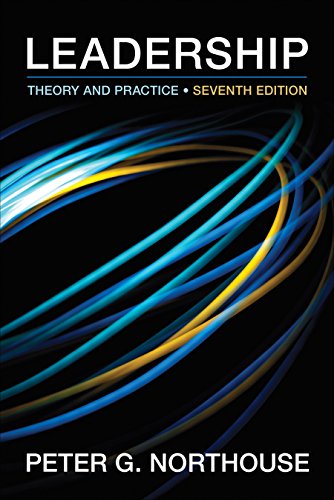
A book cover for Leadership: Theory and Practice, 7th Edition; Peter G. Northouse; Business & Money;